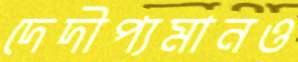
দেদীপ্যমানও